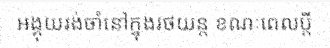
អង្គុយរង់ចាំនៅក្នុងរថយន្ត ខណៈពេលប្តី